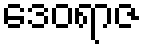
ဒေဝရာဇ